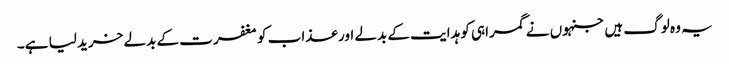
یہ وہ لوگ ہیں جنہوں نے گمراہی کو ہدایت کے بدلے اور عذاب کو مغفرت کے بدلے خرید لیا ہے۔